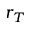
r _ { T }